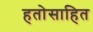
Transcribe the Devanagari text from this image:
हतोसाहित